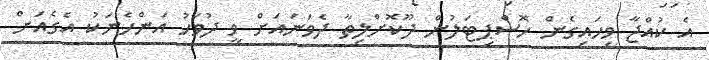
އެ ކުއްޖާ ވިހައިގެން ހޮސްޕިޓަލުން ދޫކޮށްލިތާ ދެވަނައަށް ވީ ދުވަހު އަންހެނަކު އެގެއަށް